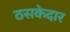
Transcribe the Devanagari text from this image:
ठसकेदार